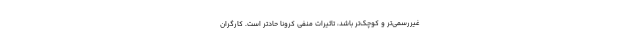
غیررسمی‌تر و کوچک‌تر باشد، تاثیرات منفی کرونا حادتر است. کارگران